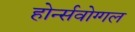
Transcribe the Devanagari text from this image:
होर्न्सवोग्गल